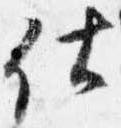
仕